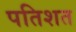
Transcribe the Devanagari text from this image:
पतिशत